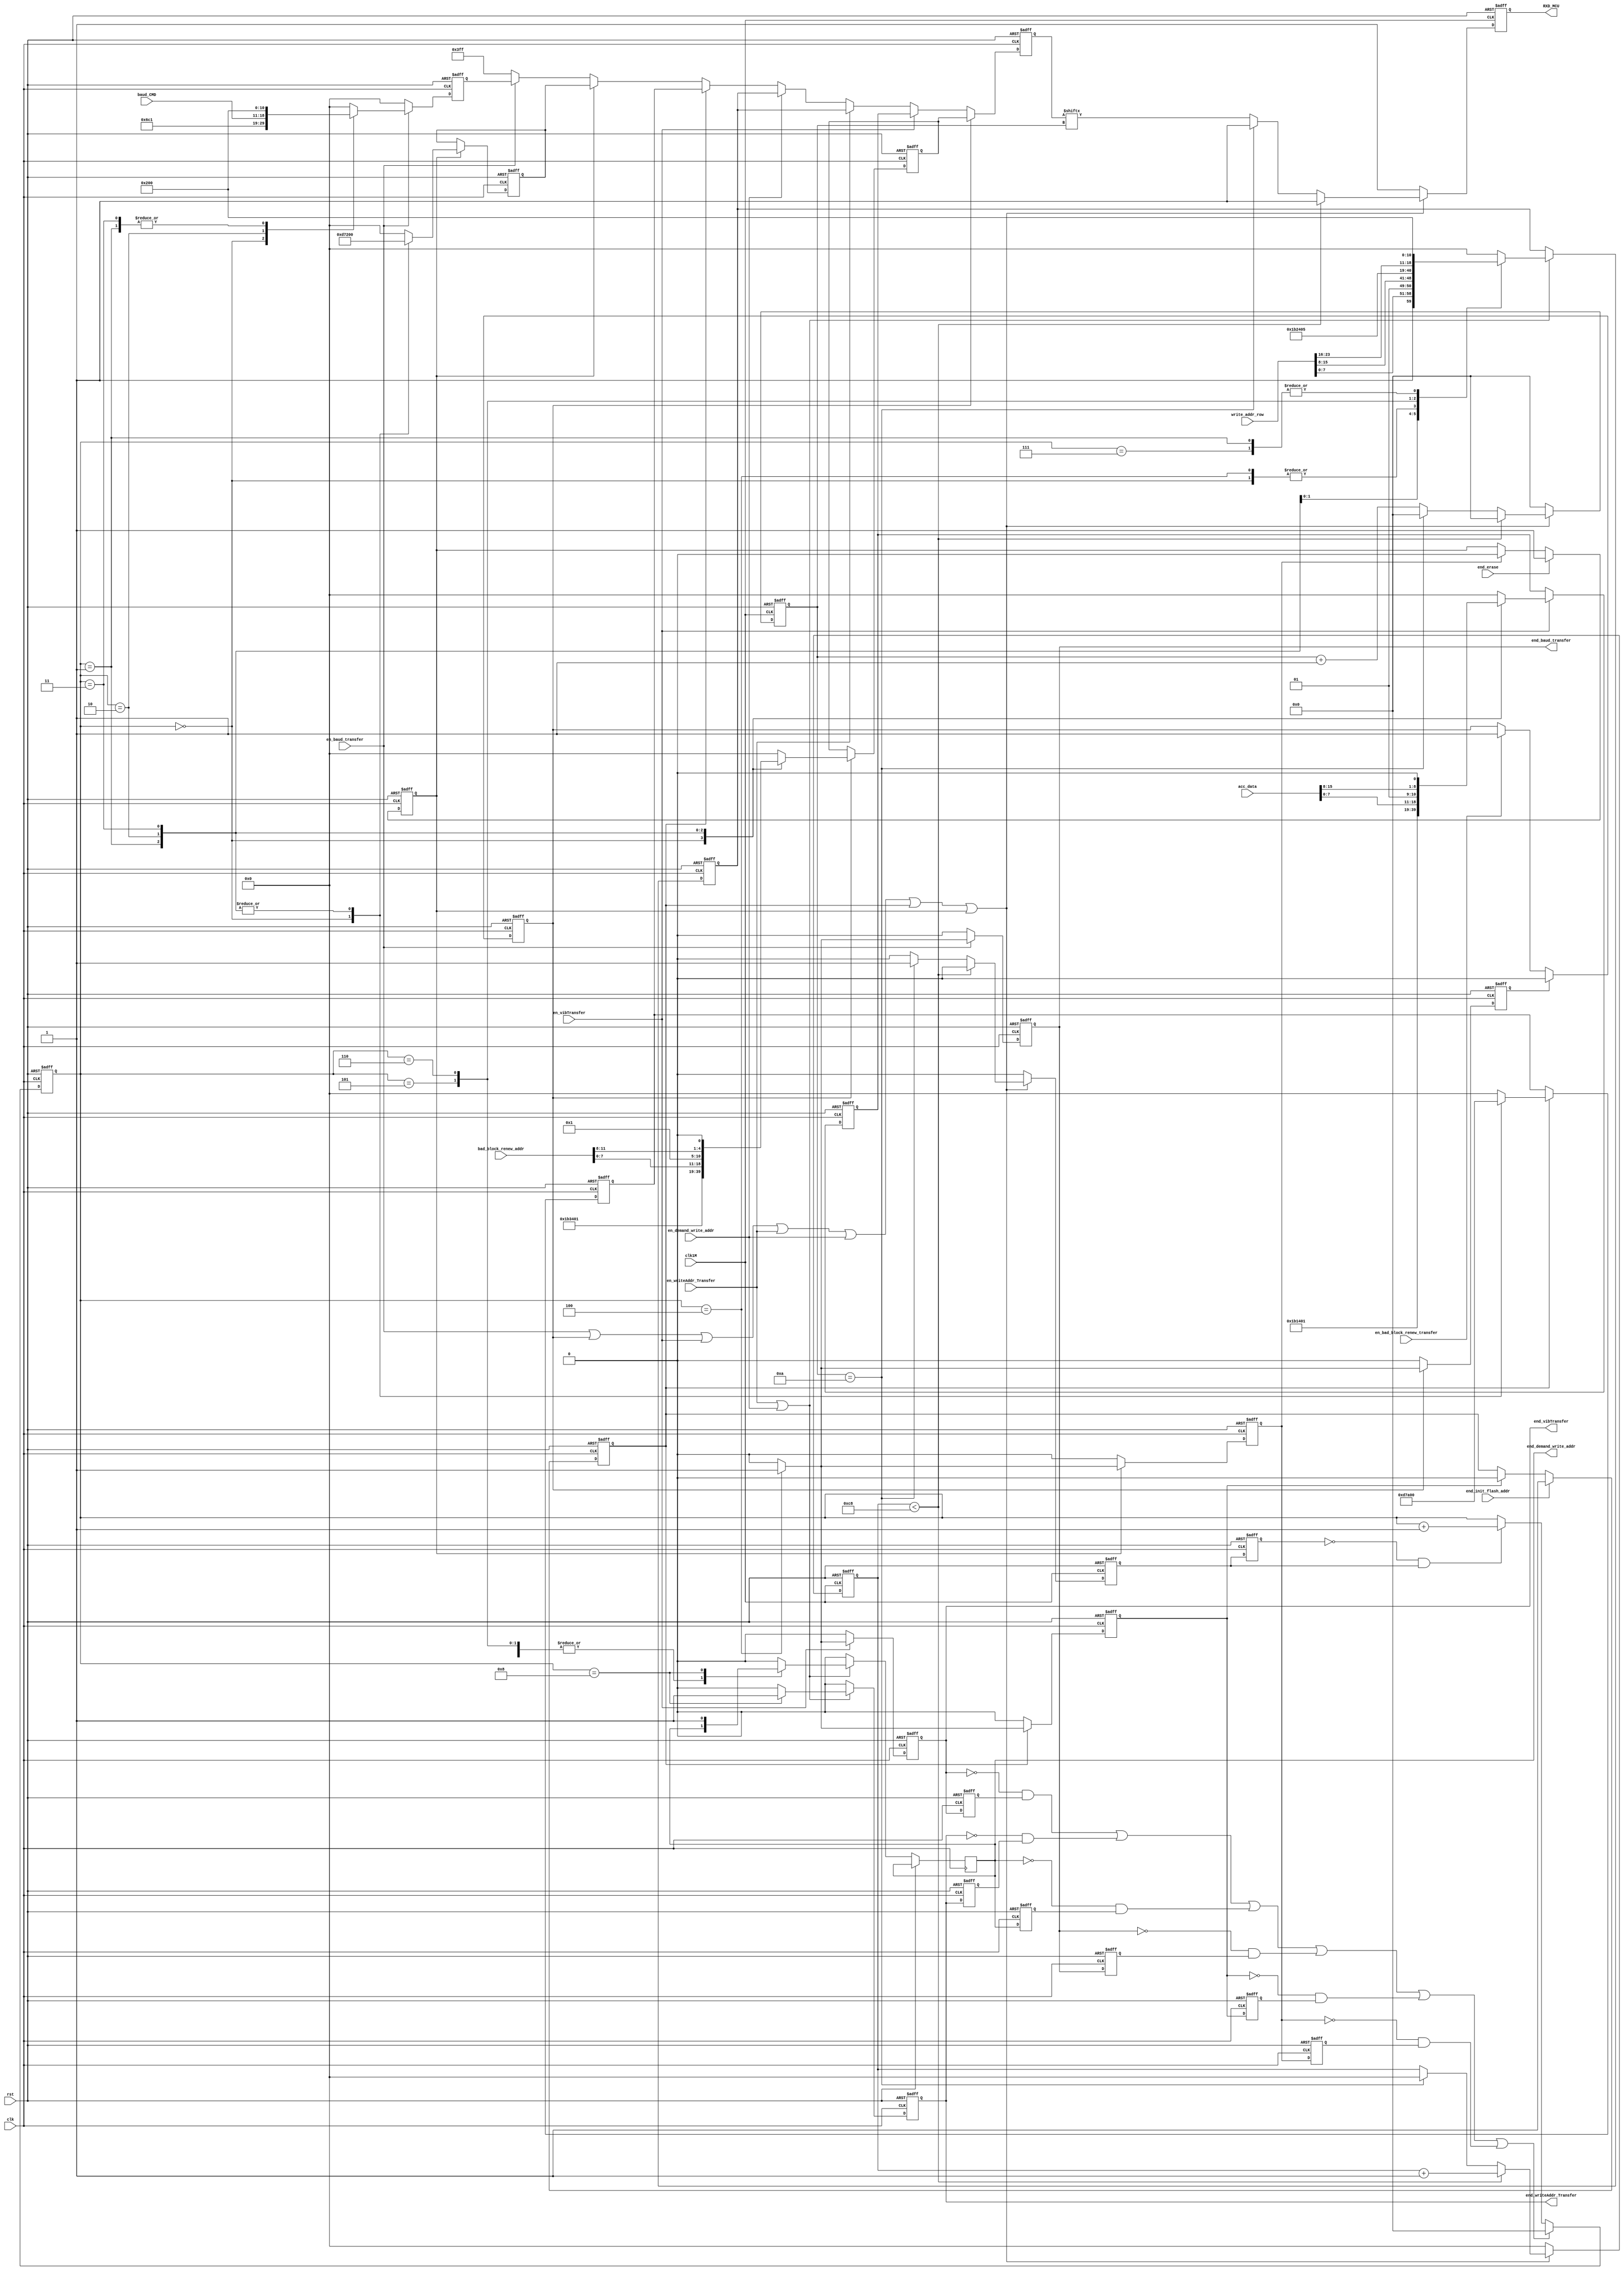
`timescale 1ns / 1ps
//////////////////////////////////////////////////////////////////////////////////
// Company: 
// Engineer: 
// 
// Design Name: 
// Module Name:    Command_Transfer 
// Project Name: 
// Target Devices: 
// Tool versions: 
// Description: 
//
// Dependencies: 
//
// Revision: 
// Revision 0.01 - File Created
// Additional Comments: 
//
//////////////////////////////////////////////////////////////////////////////////
module Command_Transfer(
	input clk,rst,clk1M,
	output reg RXD_MCU,
	
	input en_bad_block_renew_transfer,						//MCU
	input [11:0]bad_block_renew_addr,						//
	
	input en_vibTransfer,
	input [15:0]acc_data,
	output reg end_vibTransfer,
	
	input en_writeAddr_Transfer,
	output reg end_writeAddr_Transfer,
	input [23:0]write_addr_row,
	
	input en_demand_write_addr,
	output reg end_demand_write_addr,
	
	input en_baud_transfer,                          //MCUUART_A1
	input [7:0]baud_CMD,
	output reg end_baud_transfer,
	
	input end_init_flash_addr,end_erase
    );
	 
	 reg [9:0] data_send_vib,data_send_badblock,data_send_writeaddr,data_send_init_flash,data_send_finerase,data_send_baud;	//
	 reg [9:0] data_send;					//
	 reg en_bad_block_transfer,end_bad_block_transfer;
	 reg en_init_flash_transfer,end_init_flash_transfer;
	 reg en_finerase,end_finerase;
//	 reg end_baud_transfer;
	 reg [3:0]state;
	 reg [3:0]i; 								//
	 wire en_transfer;						//
	 reg transfer_fin,transfer_fin_r;
	 wire pos_transfer_fin;					//byte
	 reg [9:0] wait_cnt;						//bytedatasend
	// reg vib_transfer_end_respond_flag,vib_transfer_end_respond_flag_r;   //
	 wire neg_flag,neg_flag1,neg_flag2,neg_flag3,neg_flag4,neg_flag5;              //
	 reg  end_vibTransfer_r,end_baud_transfer_r;
	 
//******************************UART_TX****************************************************//
 always @(posedge clk1M or posedge rst)	//1M
	 begin												//
		if(rst)
		begin
			RXD_MCU <= 1;
			i <= 0;
			transfer_fin <= 0;
			wait_cnt <= 0;
		end	
		else
			if(en_transfer)
			begin
			if(wait_cnt < 200)          //200us
			  begin                     //
			  wait_cnt <= wait_cnt+1;
			  RXD_MCU <= 1;
			  i <= 0;
			  transfer_fin <= 0;
			  end
			else
				if(i == 10)
				begin
					i <= 0;
					RXD_MCU <= 1;
					transfer_fin <= 1;
					wait_cnt <= 0;
				end
				else
				begin
					RXD_MCU <= data_send[i];
					i <= i+1;
					transfer_fin <= 0;
					wait_cnt <= wait_cnt;
				end
			end
			else
			begin
				transfer_fin <= 0;
				i <= 0;
				RXD_MCU <= 1;
				wait_cnt <= 0;
			end
	 end
//****************************************************************************************//	 

	 always @(posedge clk or posedge rst)			//end0
	 begin
		if(rst)
			en_bad_block_transfer <= 0;
		else
			if(end_bad_block_transfer)
				en_bad_block_transfer <= 0;
			else if(en_bad_block_renew_transfer)
				en_bad_block_transfer <= 1;
	 end
	 
	 assign en_transfer = en_baud_transfer | en_bad_block_transfer | en_vibTransfer | en_writeAddr_Transfer | en_demand_write_addr | en_init_flash_transfer | en_finerase;
	 
	 always @(posedge clk or posedge rst)
	 begin
		if(rst)
			data_send<=0;
		else
			if(en_bad_block_transfer)
				data_send <= data_send_badblock;
			else if(en_vibTransfer)
				data_send <= data_send_vib;
			else if(en_writeAddr_Transfer)
				data_send <= data_send_writeaddr;
			else if(en_demand_write_addr)
				data_send <= data_send_writeaddr;
			else if(en_init_flash_transfer)
				data_send <= data_send_init_flash;
			else if(en_finerase)
				data_send <= data_send_finerase;
		   else if(en_baud_transfer)
			   data_send <= data_send_baud;
		   else
			   data_send <= 10'b11_1111_1111;
	 end
	 

	 always @(posedge clk or posedge rst)  //,transfer_fin1M24M24
	 begin
		if(rst) transfer_fin_r <= 0;
		else transfer_fin_r <= transfer_fin;
	 end
	 
	 assign pos_transfer_fin = ~transfer_fin_r && transfer_fin; 
	 
//.............................................................................
	 always @(posedge clk or posedge rst)
	 begin
		if(rst)
			state <= 0;
		else
		 begin
		   if((neg_flag)||(neg_flag3)||(neg_flag4)||(neg_flag5)||(neg_flag1)||(neg_flag2))
				state <= 0;
			else if(pos_transfer_fin)
				state <= state+1;
		   else
			   state <= state;  
		 end
	 end
//.............................................................................
	 reg end_init_flash_transfer_r;
	 reg end_finerase_r;
	 reg end_writeAddr_Transfer_r,end_demand_write_addr_r;
    always @(posedge clk or posedge rst)
	 begin
		if(rst)
		 begin
		  end_vibTransfer_r         <= 0;
		  end_init_flash_transfer_r <= 0;
		  end_finerase_r            <= 0;
		  end_writeAddr_Transfer_r  <= 0;
		  end_demand_write_addr_r   <= 0;
		  end_baud_transfer_r       <= 0;
		 end
		else
		 begin
		  end_vibTransfer_r         <= end_vibTransfer;
		  end_init_flash_transfer_r <= end_init_flash_transfer;
		  end_finerase_r            <= end_finerase;
		  end_writeAddr_Transfer_r  <= end_writeAddr_Transfer;
		  end_demand_write_addr_r   <= end_demand_write_addr;
		  end_baud_transfer_r       <= end_baud_transfer;
		 end
	 end	
	 
	 assign neg_flag  = (~end_vibTransfer)&end_vibTransfer_r;                 //
	 assign neg_flag1 = (~end_init_flash_transfer)&end_init_flash_transfer_r; //flash
	 assign neg_flag2 = (~end_finerase)&end_finerase_r;                       //flash
	 assign neg_flag3 = (~end_writeAddr_Transfer)&end_writeAddr_Transfer_r;   //
	 assign neg_flag4 = (~end_demand_write_addr)&end_demand_write_addr_r;     //
    assign neg_flag5 = (~end_baud_transfer)&end_baud_transfer_r;             //
//............................................................................

//...................................................................//  
	always @(posedge clk or posedge rst)
	 begin
	   if(rst)
		  begin
		  data_send_baud    <= 0;
		  end_baud_transfer <= 0;
		  end
		else
		  begin
		  if(en_baud_transfer)
			 begin
			 case(state)
			 0:
			   begin
				data_send_baud    <= {1'b1,8'hB0,1'b0};
            end_baud_transfer <= 0;					
				end
			 1:
			   begin
				data_send_baud    <= {1'b1,8'h00,1'b0};
            end_baud_transfer <= 0;	
				end
			 2:
			   begin
				data_send_baud    <= {1'b1,baud_CMD,1'b0};
            end_baud_transfer <= 0;	
				end
			 3:
			   begin
				data_send_baud    <= {1'b1,8'h00,1'b0};
            end_baud_transfer <= 0;				
				end
			 4:
			   begin
				data_send_baud    <= 0;
            end_baud_transfer <= 1;
				end
			 default:
			   begin
				data_send_baud    <= 0;
            end_baud_transfer <= 0;
				end
			 endcase
			 end
		  else
			 begin
			 data_send_baud    <= 0;
		    end_baud_transfer <= 0;	
			 end
		  end
	 end
   
	 always @(posedge clk or posedge rst)
	 begin
		if(rst)
		begin
			data_send_badblock <= 0;
			end_bad_block_transfer <= 0;
		end
		else
			if(en_bad_block_transfer)
			case(state)
			0:
				begin
					data_send_badblock <= {1'b1,8'hB3,1'b0};
					end_bad_block_transfer <= 0;
				end
			1:
				begin
					data_send_badblock <= {1'b1,8'h00,1'b0};
					end_bad_block_transfer <= 0;
				end
			2:
				begin
					data_send_badblock <= {1'b1,bad_block_renew_addr[7:0],1'b0};
					end_bad_block_transfer <= 0;
				end
			3:
				begin
					data_send_badblock <= {5'b1,bad_block_renew_addr[11:8],1'b0};
					end_bad_block_transfer <= 0;
				end
			4: 
				begin
					data_send_badblock <= 0;
					end_bad_block_transfer <= 1;
				end
			default:
				begin
					data_send_badblock <= 0;
					end_bad_block_transfer <= 0;
				end
			endcase
			else
				end_bad_block_transfer <= 0;
	 end

	 always @(posedge clk or posedge rst)
	 begin
		if(rst)
		begin
			data_send_vib <= 0;
			end_vibTransfer <= 0;
			end
		else
			if(en_vibTransfer)
			case(state)
			0:
				begin
					data_send_vib <= {1'b1,8'hB1,1'b0};
					end_vibTransfer <= 0;
				end
			1:
				begin
					data_send_vib <= {1'b1,8'h00,1'b0};
					end_vibTransfer <= 0;
				end
			2:
				begin
					data_send_vib <= {1'b1,acc_data[7:0],1'b0};
					end_vibTransfer <= 0;
				end
			3:
				begin
					//data_send_vib <= {1'b1,8'h00,1'b0};
					data_send_vib   <= {1'b1,acc_data[15:8],1'b0};
					end_vibTransfer <= 0;
				end
			4: 
				begin
					data_send_vib <= 0;
					end_vibTransfer <= 1;    					
				end
			default:
				begin
					data_send_vib <= 0;
					end_vibTransfer <= 0;
				end
			endcase
			else
				end_vibTransfer <= 0;
				
	 end
    
	
	 always @(posedge clk or posedge rst)
	 begin
		if(rst)
		begin
			data_send_writeaddr <= 0;
			end_writeAddr_Transfer <= 0;
		end
		else
			if(en_writeAddr_Transfer | en_demand_write_addr)
			case(state)
			0:
				begin
					data_send_writeaddr <= {1'b1,8'hB2,1'b0};
					end_writeAddr_Transfer <= 0;
				end
			1:
				begin
					data_send_writeaddr <= {1'b1,8'h00,1'b0};
					end_writeAddr_Transfer <= 0;
				end
			2:
				begin
					data_send_writeaddr <= {1'b1,write_addr_row[7:0],1'b0};				 
					end_writeAddr_Transfer <= 0;
				end
			3:
				begin
					data_send_writeaddr <= {1'b1,write_addr_row[15:8],1'b0};				
					end_writeAddr_Transfer <= 0;
				end
			4: 
				begin
					data_send_writeaddr <= {1'b1,8'hB2,1'b0};
					end_writeAddr_Transfer <= 0;
				end
			5:
				begin
					data_send_writeaddr <= {1'b1,8'h01,1'b0};
					end_writeAddr_Transfer <= 0;
				end
			6:
				begin
					data_send_writeaddr <= {1'b1,write_addr_row[23:16],1'b0};				
					end_writeAddr_Transfer <= 0;
				end
			7:
				begin
					data_send_writeaddr <= {1'b1,8'h00,1'b0};			
					end_writeAddr_Transfer <= 0;
				end
			8:
				begin
					data_send_writeaddr <= 0;
					end_writeAddr_Transfer <= 1;
					end_demand_write_addr <= 1;
				end
			default:
				begin
					data_send_writeaddr <= 0;
					end_writeAddr_Transfer <= 0;
					end_demand_write_addr <= 0;
				end
			endcase
			else
			begin
				end_writeAddr_Transfer <= 0;
				end_demand_write_addr <= 0;
			end
	 end

	always @(posedge clk or posedge rst)
	begin
		if(rst)
			en_init_flash_transfer <= 0;
		else
			if(end_init_flash_addr)
				en_init_flash_transfer <= 1;
			else if(end_init_flash_transfer)
				en_init_flash_transfer <= 0;
	end

	always @(posedge clk or posedge rst)
	 begin
		if(rst)
		begin
			data_send_init_flash <= 0;
			end_init_flash_transfer <= 0;
		end
		else
			if(en_init_flash_transfer)
			case(state)
			0:
				begin
					data_send_init_flash <= {1'b1,8'hAF,1'b0};
					end_init_flash_transfer <= 0;
				end
			1:
				begin
					data_send_init_flash <= {1'b1,8'h00,1'b0};
					end_init_flash_transfer <= 0;
				end
			2:
				begin
					data_send_init_flash <= {1'b1,8'h00,1'b0};
					end_init_flash_transfer <= 0;
				end
			3:
				begin
					data_send_init_flash <= {1'b1,8'h00,1'b0};
					end_init_flash_transfer <= 0;
				end
			4: 
				begin
					data_send_init_flash <= 0;
					end_init_flash_transfer <= 1;
				end
			default:
				begin
					data_send_init_flash <= 0;
					end_init_flash_transfer <= 0;
				end
			endcase
			else
				end_init_flash_transfer <= 0;
	 end

	always @(posedge clk or posedge rst)
	begin
		if(rst)
			en_finerase <= 0;
		else
			if(end_erase)
				en_finerase <= 1;
			else if(end_finerase)
				en_finerase <= 0;
	end

	always @(posedge clk or posedge rst)
	 begin
		if(rst)
		begin
			data_send_finerase <= 0;
			end_finerase <= 0;
		end
		else
			if(en_finerase)
			case(state)
			0:
				begin
					data_send_finerase <= {1'b1,8'hAE,1'b0};
					end_finerase <= 0;
				end
			1:
				begin
					data_send_finerase <= {1'b1,8'h00,1'b0};
					end_finerase <= 0;
				end
			2:
				begin
					data_send_finerase <= {1'b1,8'h00,1'b0};
					end_finerase <= 0;
				end
			3:
				begin
					data_send_finerase <= {1'b1,8'h00,1'b0};
					end_finerase <= 0;
				end
			4: 
				begin
					data_send_finerase <= 0;
					end_finerase <= 1;
				end
			default:
				begin
					data_send_finerase <= 0;
					end_finerase <= 0;
				end
			endcase
			else
				end_finerase <= 0;
	 end
	 
endmodule